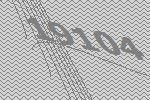
19104